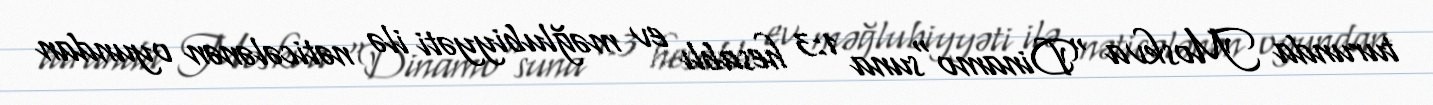
turunda Moskva "Dinamo"suna 1:3 hesablı ev məğlubiyyəti ilə nəticələnən oyundan